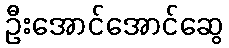
ဦးအောင်အောင်ဆွေ